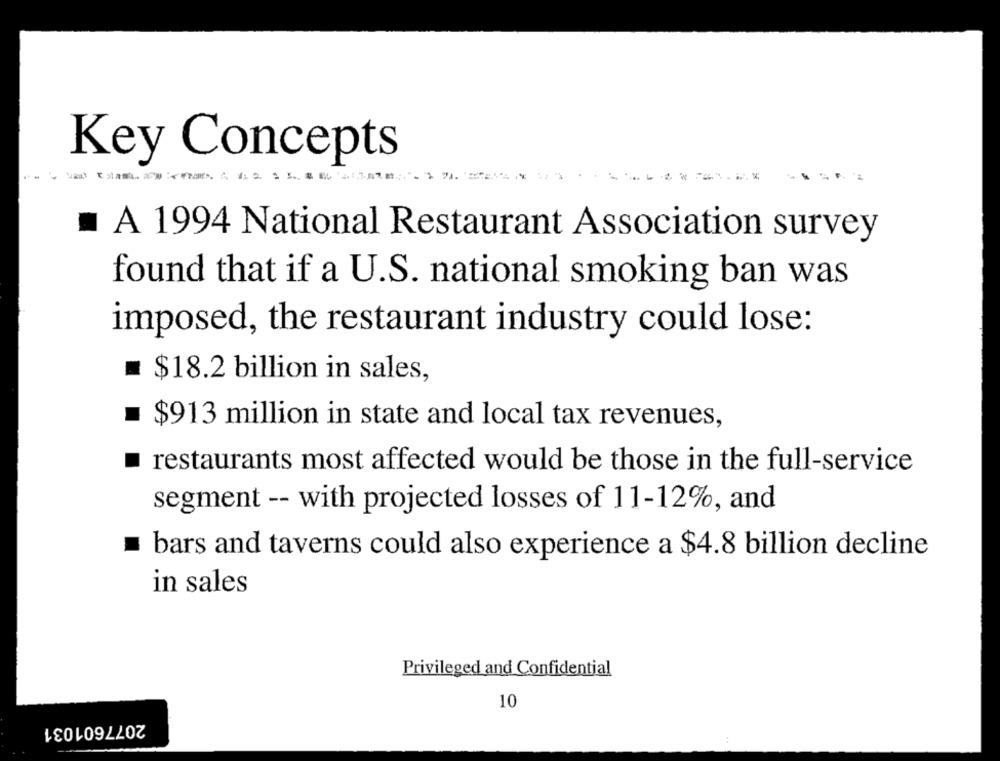
Key Concepts
.
A 1994 National Restaurant Association survey
found that if a U.S. national smoking ban was
imposed, the restaurant industry could lose:
= $18.2 billion in sales,
$913 million in state and local tax revenues,
restaurants most affected would be those in the full-service
segment -- with projected losses of 11-12%, and
bars and taverns could also experience a $4.8 billion decline
in sales
Privileged and Confidential
10
2077601031